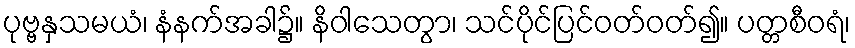
ပုဗ္ဗနှသမယံ၊ နံနက်အခါ၌။ နိဝါသေတွာ၊ သင်ပိုင်ပြင်ဝတ်ဝတ်၍။ ပတ္တစီဝရံ၊